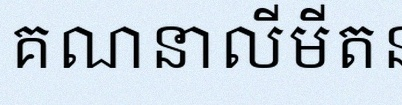
គណនាលីមីត